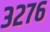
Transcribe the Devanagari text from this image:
३२७६